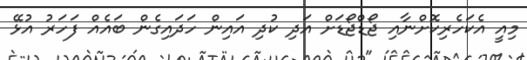
މިއީ އެކަހެރިކޮށްނާއި ޖޯޑްޖޯޑަށް އަދި ކުދި އައިން ހަދައިގެން ބައެއް ފަހަރު އުޅޭ